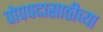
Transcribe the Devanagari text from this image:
पोपपदासाठीच्या